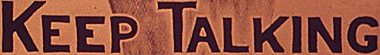
KEEP TALKING